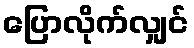
ပြောလိုက်လျှင်